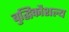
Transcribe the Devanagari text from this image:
बुद्धिकौशल्य